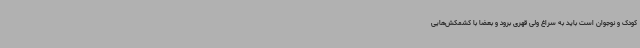
کودک و نوجوان است باید به سراغ ولی قهری برود و بعضا با کشمکش‌هایی